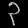
Digit: ၃